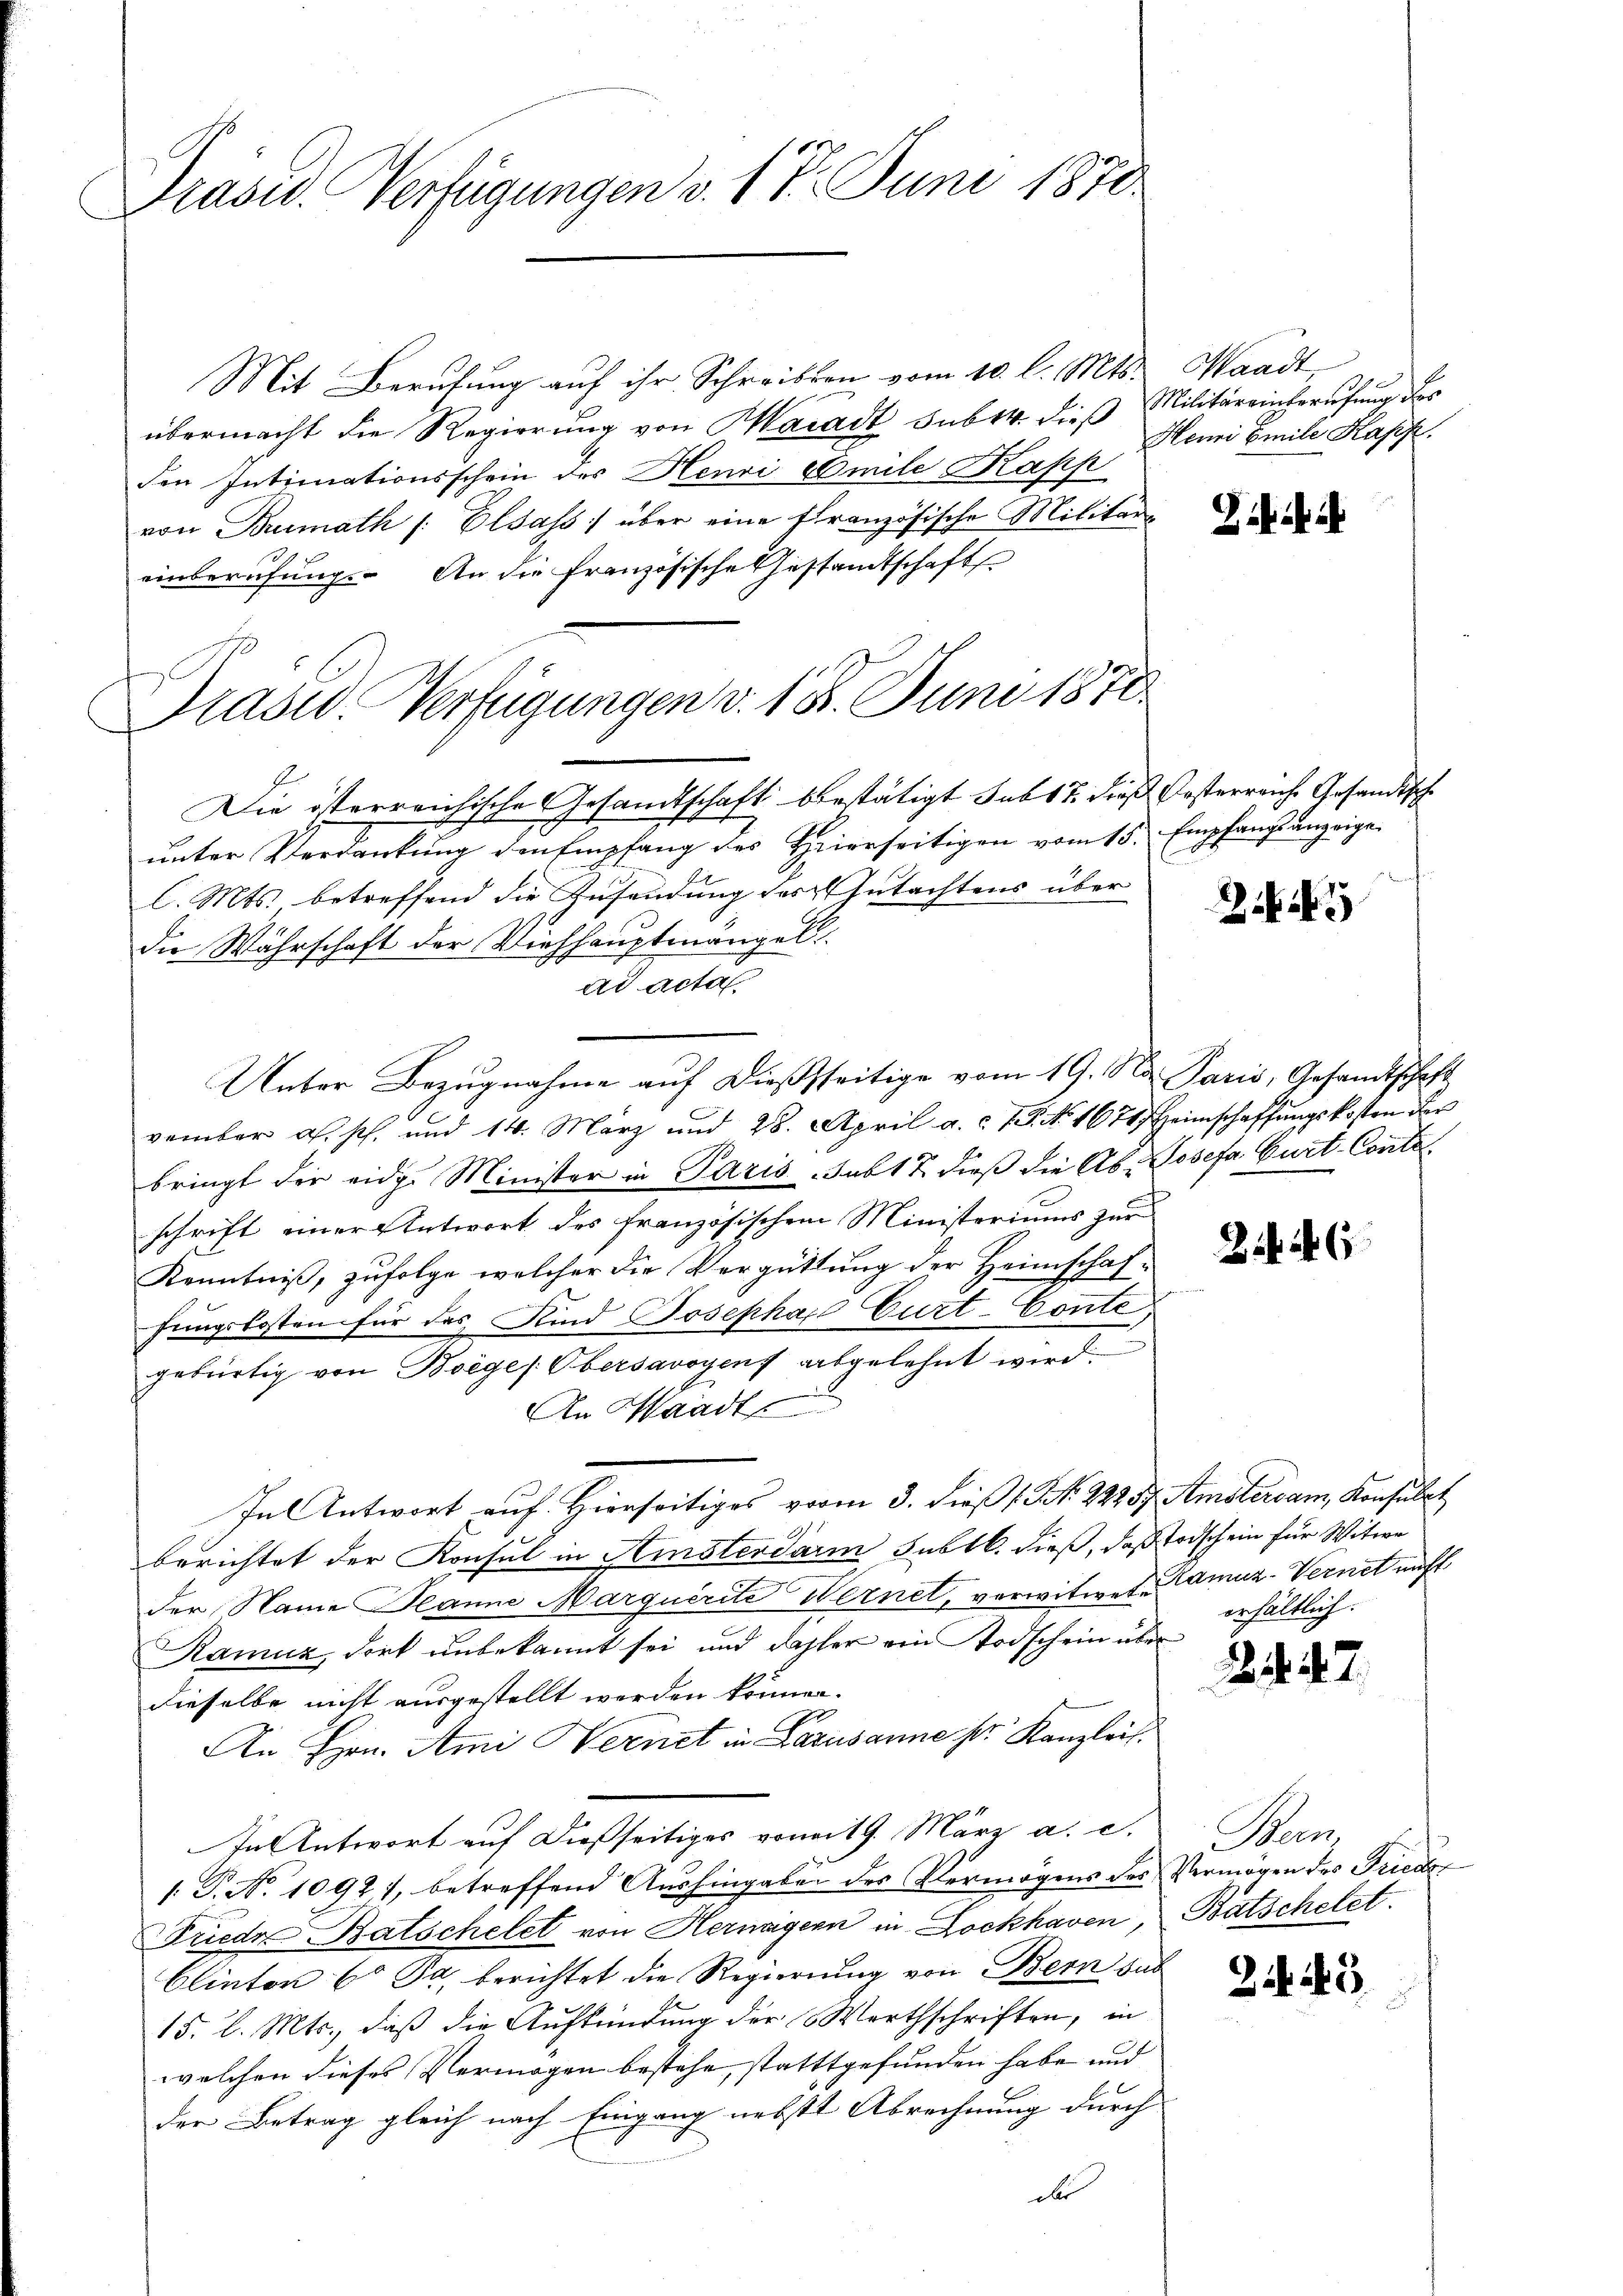
Präsid. Verfügungen v. 17. Juni 1870

Prasw. Verfügungen v. 18. Juni 1870

Mit Berufung auf ihr Schreiben vom 10. l. Mts. Waadt,
übermacht die Regierung von Maradt subtr. dieß Militäreinberufung des
den Intimationsschein des Henri Emile Kapp
von Brimath /: Elsass) über eine französische Militäreinberufung. An die Französische Gestandtschaft
Die österreichische Gesandtschaft bestätigt sub 17. dieß Kosterreiche Gesandtsche
unter Verdankung den Empfang des Heierseitigen vom 15. Empfangsanzeige
l. Mts. betreffend die Zusendung des Gutachtens über
die Wahrschaft der Viehhauptmängel
ad acta
Unter Bezugnahme auf dießseitige vom 19. Na Paris, Gesandtschaft
vember a. p. und 14. März und 28. April a. c. 7. No. 1674 Heimschaffungskosten der
bringt der eidg. Minister in Paris sub 1 7. dieß die Ab- Josefa Gurt-Contoschrift einer Antwort des französischem Ministeriums zur
Kenntniß, zufolge welcher die Vergüttung der Heimschaffungskosten für das Kind Josepha Curt-Conte
gebürtig von Boege /: Obersavoyens abgelehnt wird.
An Waadt
In Antwort auf Hierseitiges vom 3. dieβ N. 22257. Amstersam Konsulat
berichtet der Konsul in Amsterdarm subtl. dieß, daß Todschein für Witwe
der Name Planne Marquerite Wernet, verwitwete Kamuz-Vernet nicht
Ramuz, dort unbekannt sei, und daher ein Todschein über
dieselbe nicht ausgestellt werden können.
An Hrn. Ami Wernet in Lausanne der Kanzleis
In Antwort auf dießseitiges vom 19. März a. c.
/. P. No. 1092), betreffend Aushingaben des Vermögens des
Friede Batschelet von Hernagern in Lockhaven,
Clinton 60 Fr. berichtet die Regierung von Bern sus
15. d. Mts., daß die Aufkündung der Werthschriften, in
welchen dieses Vermögen bestehe, statttgefunden habe und
der Betrag gleich nach Eingang nebste Abrechnung durch
ds

Henri Emile Kasp.

Zi

erhältlich.

247.

Bun
Vermögen des Frieder
Batschetet.

2 25